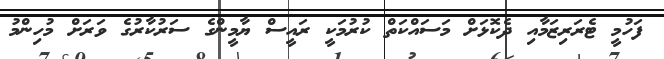
ފަހުމީ ޓެރަރިޒަމާއި ދެކޮޅަށް މަސައްކަތް ކުރުމަކީ ރައީސް ޔާމީންގެ ސަރުކާރުގެ ވަރަށް މުހިންމު